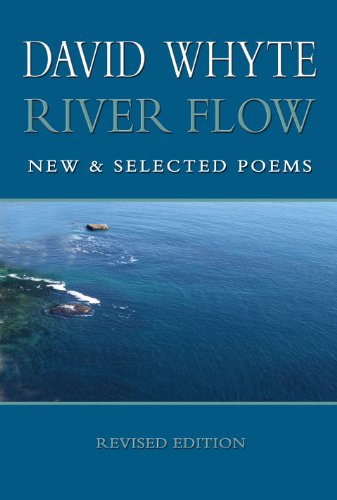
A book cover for River Flow: New & Selected Poems (Revised Paperback); David Whyte; Literature & Fiction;